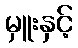
မှူးနှင့်